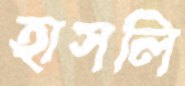
হাসলি